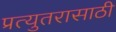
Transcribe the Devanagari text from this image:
प्रत्युतरासाठी